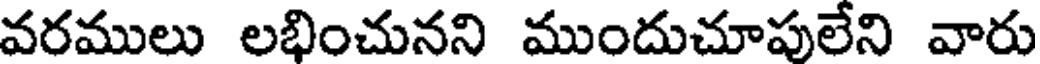
వరములు లభించునని ముందుచూపులేని వారు